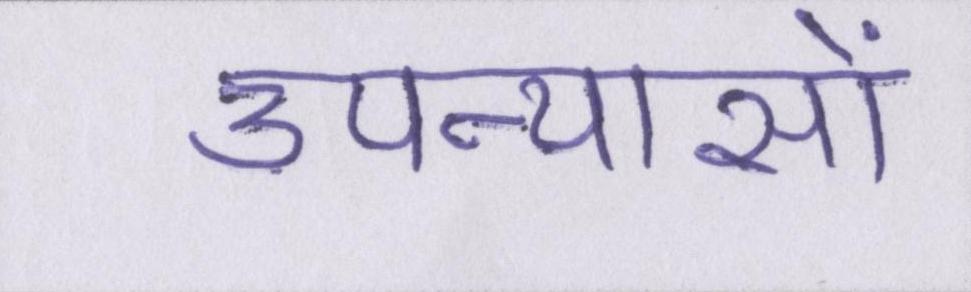
उपन्यासों